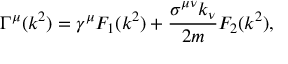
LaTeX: \Gamma ^ { \mu } ( k ^ { 2 } ) = \gamma ^ { \mu } F _ { 1 } ( k ^ { 2 } ) + { \frac { \sigma ^ { \mu \nu } k _ { \nu } } { 2 m } } F _ { 2 } ( k ^ { 2 } ) ,